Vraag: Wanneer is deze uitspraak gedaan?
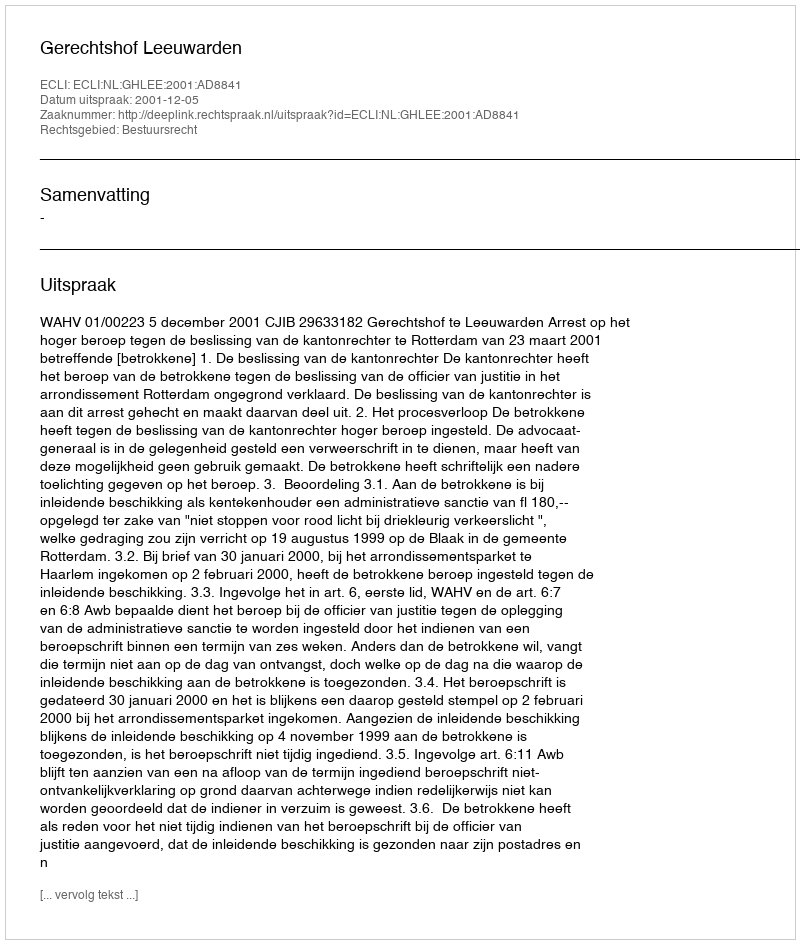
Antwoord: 2001-12-05